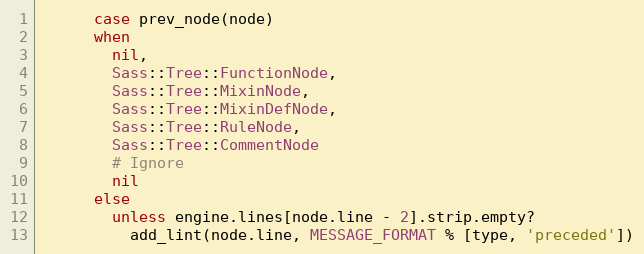
Language: Ruby
      case prev_node(node)
      when
        nil,
        Sass::Tree::FunctionNode,
        Sass::Tree::MixinNode,
        Sass::Tree::MixinDefNode,
        Sass::Tree::RuleNode,
        Sass::Tree::CommentNode
        # Ignore
        nil
      else
        unless engine.lines[node.line - 2].strip.empty?
          add_lint(node.line, MESSAGE_FORMAT % [type, 'preceded'])